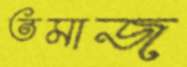
তমাজ